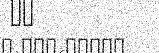
١٩